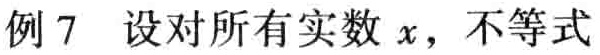
例 7 设对所有实数 \(x\)，不等式